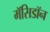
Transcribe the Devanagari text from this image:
मॅसिडॉन